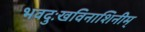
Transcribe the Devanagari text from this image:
भवदुःखविनाशिनीम्